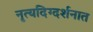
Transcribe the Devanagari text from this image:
नृत्यदिग्दर्शनात